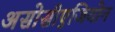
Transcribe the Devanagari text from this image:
असोसीएजियोन